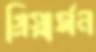
গ্রিয়ার্সন